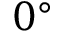
0 ^ { \circ }